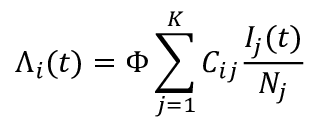
\Lambda _ { i } ( t ) = \Phi \sum _ { j = 1 } ^ { K } C _ { i j } \frac { I _ { j } ( t ) } { N _ { j } }